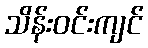
သိန်းဝင်းကျင်